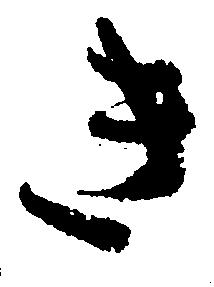
き